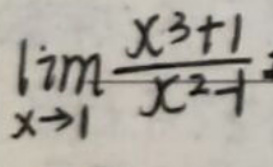
$\lim_{x \to 1} \frac{x^3 + 1}{x^2 - 1}$